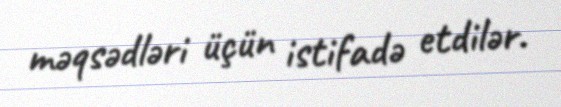
məqsədləri üçün istifadə etdilər.